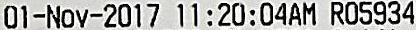
01-NOV-2017 11:20:04AM R05934